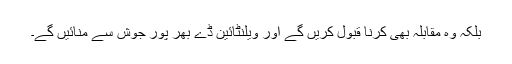
بلکہ وہ مقابلہ بھی کرنا قبول کریں گے اور ویلنٹائین ڈے بھر پور جوش سے منائیں گے۔